Civil Veterinary Department Bengal reports 1933-51 - 1933-1951
Year: 1933
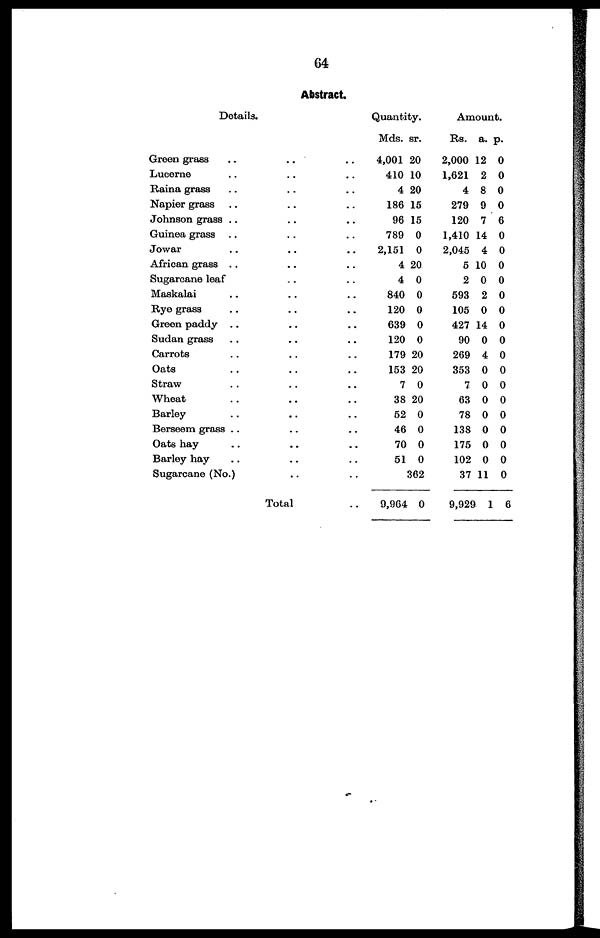
64
Abstract.
Details.
Green grass
.. .. ..
Lucerne .. .. ..
Raina grass .. .. ..
Napier grass .. .. ..
Johnson grass .. .. ..
Guinea grass .. .. ..
Jowar .. .. ..
African grass .. .. ..
Sugarcane leaf .. .. ..
Maskalai .. .. ..
Rye grass .. .. ..
Green paddy .. .. ..
Sudan grass .. .. ..
Carrots .. .. ..
Oats .. .. ..
Straw .. .. ..
Wheat .. .. ..
Barley .. .. ..
Berseem grass .. .. ..
Oats hay .. .. ..
Barley hay .. .. ..
Sugarcane (No.) .. .. ..
Total ..
Quantity.
Mds.
4,001
410
4
186
96
789
2,151
4
4
840
120
639
120
179
153
7
38
52
46
70
51
3
9,964
sr.
20
10
20
15
15
0
0
20
0
0
0
0
0
20
20
0
20
0
0
0
0
62
0
Amount.
Rs.
2,000
1,621
4
279
120
1,410
2,045
5
2
593
105
427
90
269
353
7
63
78
138
175
102
37
9,929
a.
12
2
8
9
7
14
4
10
0
2
0
14
0
4
0
0
0
0
0
0
0
11
1
p.
0
0
0
0
6
0
0
0
0
0
0
0
0
0
0
0
0
0
0
0
0
0
6